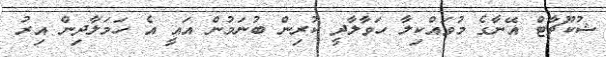
ޝުކޫޗާޓް އޭނާގެ މުވައްކިލާ ހަވާލާދީ ކުރިން ބުނަމުން އައީ އެ ހަމަލާދިން އިރު